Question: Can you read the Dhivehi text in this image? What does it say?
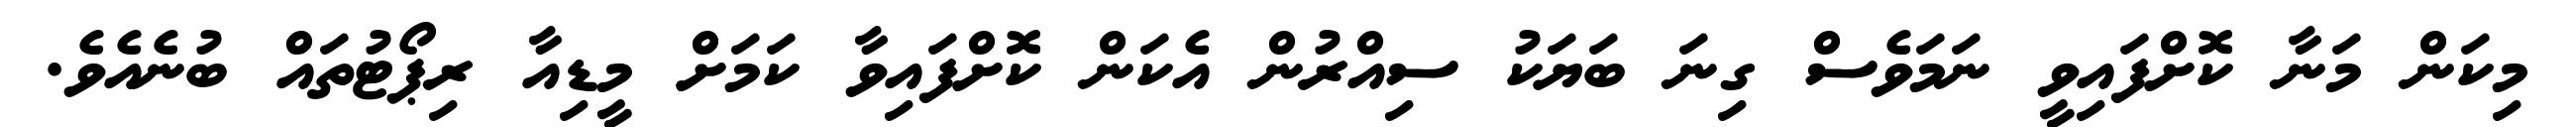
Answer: މިކަން މަނާ ކޮށްފައިވީ ނަމަވެސް ގިނަ ބަޔަކު ސިއްރުން އެކަން ކޮށްފައިވާ ކަމަށް މީޑިއާ ރިޕޯޓުތައް ބުނެއެވެ.